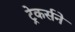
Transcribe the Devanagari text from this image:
ट्रेकर्सने